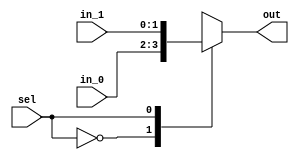
/*
 * Generated by Digital. Don't modify this file!
 * Any changes will be lost if this file is regenerated.
 */

module Mux_2x1_NBits #(
    parameter Bits = 2
)
(
    input [0:0] sel,
    input [(Bits - 1):0] in_0,
    input [(Bits - 1):0] in_1,
    output reg [(Bits - 1):0] out
);
    always @ (*) begin
        case (sel)
            1'h0: out = in_0;
            1'h1: out = in_1;
            default:
                out = 'h0;
        endcase
    end
endmodule


module DIG_Register_BUS #(
    parameter Bits = 1
)
(
    input C,
    input en,
    input [(Bits - 1):0]D,
    output [(Bits - 1):0]Q
);

    reg [(Bits - 1):0] state = 'h0;

    assign Q = state;

    always @ (posedge C) begin
        if (en)
            state <= D;
   end
endmodule
module DIG_Add
#(
    parameter Bits = 1
)
(
    input [(Bits-1):0] a,
    input [(Bits-1):0] b,
    input c_i,
    output [(Bits - 1):0] s,
    output c_o
);
   wire [Bits:0] temp;

   assign temp = a + b + c_i;
   assign s = temp [(Bits-1):0];
   assign c_o = temp[Bits];
endmodule


module pcdecoder(
    input [31:0] vpc,
    output reg[9:0] ppc,
    output reg invpc
);

parameter [31:0] startp=32'h400000 ;
parameter [31:0] endp=32'h401000 ;

always @(*)
begin
    if(vpc>=startp 
    & vpc<endp)begin
            ppc = vpc - startp;
	    invpc = 1'b0;
    end else begin
        invpc = 1'b1;
        ppc = 7'dx;
    end
end
endmodule
module shift(
	input [9:0] in,
	output [9:0] out
);

assign out = in >> 2;

endmodule
module DIG_ROM_1024X32 (
    input [9:0] A,
    input sel,
    output reg [31:0] D
);
    reg [31:0] my_rom [0:6];

    always @ (*) begin
        if (~sel)
            D = 32'hz;
        else if (A > 10'h6)
            D = 32'h0;
        else
            D = my_rom[A];
    end

    initial begin
        my_rom[0] = 32'h3c101001;
        my_rom[1] = 32'h26100000;
        my_rom[2] = 32'h86080000;
        my_rom[3] = 32'h86090002;
        my_rom[4] = 32'h96080000;
        my_rom[5] = 32'h96090002;
        my_rom[6] = 32'h8100006;
    end
endmodule

module JumpTarget(
	input [25:0] in,
	input [31:0] pc4,
	output [31:0] out 
);

assign out = {pc4[31:28], in, 2'b0};

endmodule
module BranchTarget(
	input [15:0] imm,
	input [31:0] pc4,
	output [31:0] out
);

wire [31:0] signExt;

assign signExt = {{16{imm[15]}}, imm};

assign out = {signExt[29:0], 2'b0} + pc4;

endmodule
module DIG_BitExtender #(
    parameter inputBits = 2,
    parameter outputBits = 4
)
(
    input [(inputBits-1):0] in,
    output [(outputBits - 1):0] out
);
    assign out = {{(outputBits - inputBits){in[inputBits - 1]}}, in};
endmodule



module controlunit(
    input [5:0] opcode,
    output reg RegDst,
    output reg branch,
    output reg memread,
    output reg memwrite,
    output reg [1:0]memtoReg,
    output reg [2:0]ALUop,
    output reg Alusrc,
    output reg regwrite,
    output reg jump,
    output reg bne,
    output reg immS,
    output reg [1:0]dS,
    output reg btX,
    output reg iOp
);

always @(*)
begin
    case (opcode)
      6'd0://R-Format((add,sub,and,or,slt)
      begin
            {RegDst,Alusrc,memtoReg,regwrite,memread,memwrite,branch,ALUop,jump,bne,immS} = {1'b1,1'b0,2'b00,1'b1,1'b0,1'b0,1'b0,3'b010,1'b0,1'b0,1'b0};
            dS=2'b00;
            btX=1'b0;
            iOp = 1'b0;
      end
      6'd2://Jump
      begin
            {RegDst,Alusrc,memtoReg,regwrite,memread,memwrite,branch,ALUop,jump,bne,immS} = {1'b0,1'b0,2'b00,1'b0,1'b0,1'b0,1'b0,3'b000,1'b1,1'b0,1'b0};
            dS=2'b00;
            btX=1'b0;
            iOp = 1'b0;
      end
      6'd4://beq
      begin
            {RegDst,Alusrc,memtoReg,regwrite,memread,memwrite,branch,ALUop,jump,bne,immS} = {1'b0,1'b0,2'b00,1'b0,1'b0,1'b0,1'b1,3'b001,1'b0,1'b0,1'b0};
            dS=2'b00;
            btX=1'b0;
            iOp = 1'b0;
      end
      6'd5://bne
      begin
            {RegDst,Alusrc,memtoReg,regwrite,memread,memwrite,branch,ALUop,jump,bne,immS} = {1'b0,1'b0,2'b00,1'b0,1'b0,1'b0,1'b0,3'b001,1'b0,1'b1,1'b0};
            dS=2'b00;
            btX=1'b0;
            iOp = 1'b0;
      end
      6'd8://addi
      begin
            {RegDst,Alusrc,memtoReg,regwrite,memread,memwrite,branch,ALUop,jump,bne,immS} = {1'b0,1'b1,2'b00,1'b1,1'b0,1'b0,1'b0,3'b000,1'b0,1'b0,1'b0};
            dS=2'b00;
            btX=1'b0;
            iOp = 1'b0;
      end
      6'd9://addiu
      begin
            {RegDst,Alusrc,memtoReg,regwrite,memread,memwrite,branch,ALUop,jump,bne,immS} = {1'b0,1'b1,2'b00,1'b1,1'b0,1'b0,1'b0,3'b000,1'b0,1'b0,1'b0};
            dS=2'b00;
            btX=1'b0;
            iOp = 1'b0;
      end
      6'd12://andi
      begin
            {RegDst,Alusrc,memtoReg,regwrite,memread,memwrite,branch,ALUop,jump,bne,immS} = {1'b0,1'b1,2'b00,1'b1,1'b0,1'b0,1'b0,3'b011,1'b0,1'b0,1'b1};
            dS=2'b00;
            btX=1'b0;
            iOp = 1'b0;
      end
      6'd13://ori
      begin
            {RegDst,Alusrc,memtoReg,regwrite,memread,memwrite,branch,ALUop,jump,bne,immS} = {1'b0,1'b1,2'b00,1'b1,1'b0,1'b0,1'b0,3'b100,1'b0,1'b0,1'b1};
            dS=2'b00;dS=2'b00;
            btX=1'b0;
            iOp = 1'b0;
            btX=1'b0;
            iOp = 1'b0;
      end
      6'd15://lui
      begin
            {RegDst,Alusrc,memtoReg,regwrite,memread,memwrite,branch,ALUop,jump,bne,immS} = {1'b0,1'b0,2'b10,1'b1,1'b0,1'b0,1'b0,3'b000,1'b0,1'b0,1'b0};
            dS=2'b00;
            btX=1'b0;
            iOp = 1'b0;
      end
      6'd32://lb
      begin
            {RegDst,Alusrc,memtoReg,regwrite,memread,memwrite,branch,ALUop,jump,bne,immS} 
          = {1'b0,   1'b1,  2'b01,   1'b1,    1'b1,   1'b0,    1'b0,3'b000, 1'b0,1'b0,1'b0};
            dS=2'b10;//0-Word,1-HWord,2-byte
            btX=1'b1;//1-SignEx,2-ZeroEx
            iOp = 1'b0;
      end
      6'd33://lh
      begin
            {RegDst,Alusrc,memtoReg,regwrite,memread,memwrite,branch,ALUop,jump,bne,immS} 
          = {1'b0,   1'b1,  2'b01,   1'b1,    1'b1,   1'b0,    1'b0,3'b000, 1'b0,1'b0,1'b0};
            dS=2'b01;//0-Word,1-HWord,2-byte
            btX=1'b1;//1-SignEx,2-ZeroEx
            iOp = 1'b0;
      end
      6'd35://loadword
      begin
            {RegDst,Alusrc,memtoReg,regwrite,memread,memwrite,branch,ALUop,jump,bne,immS} 
          = {1'b0,  1'b1,  2'b01,   1'b1,    1'b1,   1'b0,    1'b0,  3'b000,1'b0,1'b0,1'b0};
            dS=2'b00;//0-Word,1-HWord,2-byte
            btX=1'b1;//1-SignEx,2-ZeroEx
            iOp = 1'b0;
      end

      6'd36://lbu
      begin
            {RegDst,Alusrc,memtoReg,regwrite,memread,memwrite,branch,ALUop,jump,bne,immS} 
          = {1'b0,   1'b1,  2'b01,   1'b1,    1'b1,   1'b0,    1'b0,3'b000, 1'b0,1'b0,1'b0};
            dS=2'b10;//0-Word,1-HWord,2-byte
            btX=1'b0;//1-SignEx,2-ZeroEx
            iOp = 1'b0;
      end
      6'd37://lhu
      begin
            {RegDst,Alusrc,memtoReg,regwrite,memread,memwrite,branch,ALUop,jump,bne,immS} 
          = {1'b0,   1'b1,  2'b01,   1'b1,    1'b1,   1'b0,    1'b0,3'b000, 1'b0,1'b0,1'b0};
            dS=2'b01;//0-Word,1-HWord,2-byte
            btX=1'b0;//1-SignEx,2-ZeroEx
            iOp = 1'b0;
      end
      6'd40://sb
      begin
            {RegDst,Alusrc,memtoReg,regwrite,memread,memwrite,branch,ALUop,jump,bne,immS} 
          = {1'b0,   1'b1,  2'b00,   1'b0,    1'b0,   1'b1,    1'b0,3'b000, 1'b0,1'b0,1'b0};
            dS=2'b10;//0-Word,1-HWord,2-byte
            btX=1'b0;//1-SignEx,2-ZeroEx
            iOp = 1'b0;
      end
      6'd41://sh
      begin
            {RegDst,Alusrc,memtoReg,regwrite,memread,memwrite,branch,ALUop,jump,bne,immS} 
          = {1'b0,   1'b1,  2'b00,   1'b0,    1'b0,   1'b1,    1'b0,3'b000, 1'b0,1'b0,1'b0};
            dS=2'b01;//0-Word,1-HWord,2-byte
            btX=1'b0;//1-SignEx,2-ZeroEx
            iOp = 1'b0;
      end
      6'd43://storeword
      begin
            {RegDst,Alusrc,memtoReg,regwrite,memread,memwrite,branch,ALUop,jump,bne,immS}
          = {1'b0,  1'b1,  2'b00,   1'b0,    1'b0,   1'b1,    1'b0,  3'b000,1'b0,1'b0,1'b0};
            dS=2'b00;//0-Word,1-HWord,2-byte
            btX=1'b0;//1-SignEx,2-ZeroEx
            iOp = 1'b0;
      end
      default: 
      begin
        {RegDst,Alusrc,memtoReg,regwrite,memread,memwrite,branch,ALUop,jump,bne} = {1'bx,1'bx,2'bxx,1'bx,1'bx,1'bx,1'bx,3'bxxx,1'bx,1'bx,1'bx};
        dS=2'b00;
        btX=1'b0;
        iOp = 1'b1;
      end
            
    endcase
end

endmodule
module zeroExtension(
    input [15:0] n,
    output [31:0] res
);

assign res = {16'b0,n};

endmodule
module lui(
    input [15:0] n,
    output [31:0] res
);


assign res = {n,16'b0};

endmodule
module alucontrol(
    input [2:0] aluop,
    input [5:0] func,
    output reg[2:0] op
);


always @(*)
begin
    case (aluop)
      3'b000:
            op = 3'd0;//suma para lw y sw
      3'b001:
            op = 3'd1;//resta para el beq

      3'b010://R-Format
            case (func)
                6'b100000:
                        op = 3'd0;//suma 
                6'b100001:
                        op = 3'd0;//addu
                6'b100010:
                        op = 3'd1;//resta
                6'b100011:
                        op= 3'd1;//subu
                6'b100100:
                        op = 3'd2;//AND
                6'b100101:
                        op = 3'd3;//OR
                6'b101010:
                        op = 3'd4;//set less than
            default: 
                        op = 3'dx;
            endcase
        
        3'b011://and
                op = 3'd2;

        3'b100://or
                op = 3'd3;
      default:
            op = 3'dx; 
    endcase
end

endmodule
module alu(
	input[31:0] a,
	input[31:0] b,
	input[2:0] op,
	output reg[31:0] r,
	output isZ
);

assign isZ = r == 32'd0;

always@(*)
begin
	case(op)
		3'd0: r = a + b;
		3'd1: r = a - b;
		3'd2: r = a & b;
		3'd3: r = a | b;
		3'd4: r = {31'd0, $signed(a) < $signed(b)};
		default: r = 32'dX;
	endcase
end

endmodule
module regfile(
input clk,
input [4:0]Ra,
input [4:0]Rb,
input [4:0]Rw,
input we,
input [31:0]din,
output reg [31:0]Da,
output reg [31:0]Db,
output [31:0] t_0,
output [31:0] t_1,
output [31:0] t_2,
output [31:0] t_3

);

reg [31:0] memory[31:0];
assign t_0 = memory[8];
assign t_1 = memory[9];
assign t_2 = memory[10];
assign t_3 = memory[11];

//seteando registros
//initial $readmemh("/home/alexander/Documents/MIPS32SOC-Part2/tests/hex/RegFile.mif", memory);

always @(posedge clk)
begin
    if(we)
        memory[Rw]<=din;
    

end

always @(*)
begin
  
    
    Da<=memory[Ra];
    Db<=memory[Rb];
end
endmodule
module memoryDecoder(
    input [31:0] vAddr,
    input mW,
    input mR,
    output reg [12:0] pAd,
    output reg[2:0] mE,
    output reg[1:0] mB,
    output reg iAd
);

parameter [31:0] startg=32'h10010000;
parameter [31:0] endg=32'h10011000;
parameter [31:0] starts=32'h7FFFEFFC;
parameter [31:0] ends=32'h7FFFFFFC;
parameter [31:0] startvga=32'hb800;
parameter [31:0] endvga = 32'hcabf;
parameter [31:0] startio = 32'hffff0000;
parameter [31:0] endio = 32'hffff000f;
reg [31:0] temp;

always @(*)

if(mW | mR) 
begin
    if(vAddr>= startg & vAddr<endg)begin
        temp = vAddr - 32'h10010000;
	    pAd = temp;
        iAd = 1'b0;
        mE = 3'b001; //enable datamemory
        mB = 2'b00; //accediendo datamemory
    end else if(vAddr >= starts & vAddr<ends)begin
	temp= vAddr - 32'h7fffdffc;
     	pAd = temp;
        iAd = 1'b0;
        mE = 3'b001;//enable data memory
        mB = 2'b00;//accediendo datamemory
    end else if(vAddr>=startvga & vAddr<=endvga)begin
        temp = vAddr - 32'hb800;
        pAd = temp;
        iAd = 1'b0;
        mE = 3'b010;//enable vga
        mB = 2'b01;//accediendo vga
    end else if(vAddr>=startio & vAddr<=endio)begin
        temp = vAddr - 32'hFFFF0000;
        pAd = temp;
        iAd = 1'b0;
        mE = 3'b100;//enable I/O
        mB = 2'b10;//accediendio I/O
    end else begin
        pAd = 13'd0;
        iAd = 1'b1;
        mE = 3'b000;
        mB = 2'b00;
    end
end

endmodule

module Mux_4x1_NBits #(
    parameter Bits = 2
)
(
    input [1:0] sel,
    input [(Bits - 1):0] in_0,
    input [(Bits - 1):0] in_1,
    input [(Bits - 1):0] in_2,
    input [(Bits - 1):0] in_3,
    output reg [(Bits - 1):0] out
);
    always @ (*) begin
        case (sel)
            2'h0: out = in_0;
            2'h1: out = in_1;
            2'h2: out = in_2;
            2'h3: out = in_3;
            default:
                out = 'h0;
        endcase
    end
endmodule

module MemoryRDataDecoder(
    input [31:0] inD,
    input [1:0] ofs,
    input bitX,
    input [1:0] ds,
    output reg[31:0] oD
);

always @(*)
    case (ds)
      2'b00://Word
      begin
        oD=inD;
      end
      2'b01://Half-Word
      begin
        case (ofs)
          2'b00:
              begin
                if(bitX) begin//do signExtend
                  oD={ {16{inD[31]}},inD[31:16]};
                end else begin
                  oD={16'b0,inD[31:16]};
                end
              end
              2'b01:
              begin
                if(bitX) begin//do signExtend
                  oD={ {16{inD[31]}},inD[31:16]};
                end else begin
                  oD={16'b0,inD[31:16]};
                end
              end
              2'b10:
              begin
                if(bitX) begin
                oD={ {16{inD[15]}},inD[15:0]};
                end else begin
                oD={16'b0,inD[15:0]};
                end
              end
              2'b11:
              begin
                if(bitX) begin
                oD={ {16{inD[15]}},inD[15:0]};
                end else begin
                oD={16'b0,inD[15:0]};
                end
              end
        endcase
      end 
      2'b10://Byte
      begin
        case (ofs)
          2'b00:
              begin
                if(bitX) begin//do signExtend
                  oD={ {24{inD[31]}} ,inD[31:24]};
                end else begin
                  oD={24'b0,inD[31:24]};
                end
              end
              2'b01:
              begin
                if(bitX) begin//do signExtend
                  oD={ {24{inD[23]}},inD[23:16]};
                end else begin
                  oD={24'b0,inD[23:16]};
                end
              end
              2'b10:
              begin
                if(bitX) begin//do signExtend
                  oD={ {24{inD[15]}},inD[15:8]};
                end else begin
                  oD={24'b0,inD[15:8]};
                end
              end
              2'b11:
              begin
                if(bitX) begin//do signExtend
                  oD={ {24{inD[7]}},inD[7:0]};
                end else begin
                  oD={24'b0,inD[7:0]};
                end
              end
        endcase
      end
      default: 
        oD=31'b0;
    endcase
endmodule
module MemoryWDataEncoder(
    input [31:0] inD,
    input [1:0]ofs,
    input iwe,
    input [1:0] ds,
    output reg[31:0] oD,
    output reg[3:0] owe
);

always @(*)
if(iwe)
begin
  case (ds)
        2'b00: //Word
        begin
            owe=4'b1111;
            oD = inD;
        end
        2'b01: //Half-Word
        begin
            case (ofs)
              2'b00:
              begin
                owe=4'b0011;
                oD=inD<<16;
              end
              2'b01:
              begin
                owe=4'b0011;
                oD=inD<<16;
              end
              2'b10:
              begin
                owe=4'b1100;
                oD={16'b0,inD[15:0]};
              end
              2'b11:
              begin
                owe=4'b1100;
                oD={16'b0,inD[15:0]};
              end
            endcase
        end
        2'b10: //Byte
        begin
            case(ofs)
              2'b00:
              begin
                owe=4'b0001;
                oD=inD<<24;
              end
              2'b01:
              begin
                owe=4'b0010;
                oD={8'b0,inD[7:0],16'b0};
              end
              2'b10:
              begin
                owe=4'b0100;
                oD={16'b0,inD[7:0],8'b0};
              end
              2'b11:
              begin
                owe=4'b1000;
                oD={24'b0,inD[7:0]};
              end
            endcase
        end
    default: 
        begin
        owe=4'bx;
        oD=31'bx;
        end
  endcase
end else begin
    owe=4'b0000;
    oD=31'b0;
end

endmodule
module cpustop(
    input ipc,
    input iAd,
    input iOp,
    output reg stop
);

always @(*)
if(ipc | iAd | iOp) begin
  stop = 1'b1;
end else begin
  stop = 1'b0;
end

endmodule

module DemuxBus2 #(
    parameter Bits = 2
)
(
    output [10:0] out_0,
    output [10:0] out_1,
    output [10:0] out_2,
    output [10:0] out_3,
    input [1:0] sel,
    input [10:0] in
);
    assign out_0 = (sel == 2'h0)? in : 11'h0;
    assign out_1 = (sel == 2'h1)? in : 11'h0;
    assign out_2 = (sel == 2'h2)? in : 11'h0;
    assign out_3 = (sel == 2'h3)? in : 11'h0;
endmodule

module DataMem(
    input clk, //! Clock input
    input en, //! Enable
    input [3:0] we, //! Per byte write enable
    input [10:0] addr, //! Address
    input [31:0] wd, //! Write data
    output [31:0] rd, //! Read data
    output [31:0] w
);
 
    reg [31:0] memory[0:2047];
    assign w = memory[0];
    assign rd = en? memory[addr] : 32'hz;


    always @(posedge clk)
    begin
        if (en) begin
            if (we[3]) memory[addr][7:0] <= wd[7:0];
            if (we[2]) memory[addr][15:8] <= wd[15:8];
            if (we[1]) memory[addr][23:16] <= wd[23:16];
            if (we[0]) memory[addr][31:24] <= wd[31:24];
        end
    end
 
`ifndef DIGITAL
    initial begin
        //$readmemh("/home/alexander/Documents/Organizacion de Computadoras/MIPS32SOC_Part1_Template/test_lb_data.mif", memory, 0, 1023);
	memory[0]=32'h1ABBCCDD;
    end
`endif 
endmodule
module DataMemVGA(
    input clk, //! Clock input
    input en, //! Enable
    input [3:0] we, //! Per byte write enable
    input [10:0] addr, //! Address
    input [31:0] wd, //! Write data
    output [31:0] rd //! Read data
);
 
    reg [31:0] memory[0:2047];
 
    assign rd = en? memory[addr] : 32'hz;
 
    always @(posedge clk)
    begin
        if (en) begin
            if (we[3]) memory[addr][7:0] <= wd[7:0];
            if (we[2]) memory[addr][15:8] <= wd[15:8];
            if (we[1]) memory[addr][23:16] <= wd[23:16];
            if (we[0]) memory[addr][31:24] <= wd[31:24];
        end
    end
 
`ifndef DIGITAL
    initial begin
        //$readmemh("data.mif", memory, 0, 1023);
    end
`endif 
endmodule

module testlh (
  input CLK,
  input reset,
  output invpc,
  output iAddr,
  output [31:0] t_0,
  output [31:0] t_1,
  output [31:0] t_2,
  output [10:0] error,
  output iOp,
  output [31:0] w_0,
  output [31:0] t_3
);
  wire [9:0] s0;
  wire [31:0] Ins;
  wire [31:0] s1;
  wire [31:0] s2;
  wire [31:0] s3;
  wire jump;
  wire [31:0] s4;
  wire [31:0] s5;
  wire [31:0] next_pc;
  wire s6;
  wire [31:0] s7;
  wire [25:0] s8;
  wire [15:0] i_15_0;
  wire [31:0] s9;
  wire [31:0] s10;
  wire [2:0] opcontrol;
  wire [31:0] s11;
  wire isZ;
  wire ALUsrc;
  wire [31:0] s12;
  wire [31:0] s13;
  wire [31:0] s14;
  wire [5:0] func;
  wire [4:0] sa;
  wire [4:0] rd;
  wire [4:0] rt;
  wire [4:0] rs;
  wire [5:0] op;
  wire RegDst;
  wire [4:0] s15;
  wire datamEn;
  wire [3:0] s16;
  wire [10:0] dmAddr;
  wire [31:0] s17;
  wire [31:0] DMrd;
  wire regwrite;
  wire [31:0] rwd;
  wire branch;
  wire memread;
  wire memwrite;
  wire [1:0] memtoReg;
  wire [2:0] ALUop;
  wire branche;
  wire immS;
  wire [1:0] dS;
  wire btX;
  wire iOp_temp;
  wire [9:0] s18;
  wire invpc_temp;
  wire [12:0] phyAddr;
  wire [2:0] s19;
  wire [1:0] mB;
  wire iAddr_temp;
  wire [31:0] s20;
  wire [31:0] s21;
  wire [31:0] s22;
  wire s23;
  wire [31:0] s24;
  wire [31:0] s25;
  wire [1:0] offs;
  wire VGAEn;
  wire [10:0] VGAAddr;
  wire [31:0] VGArd;
  wire IOEn;
  wire [10:0] s26;
  wire [10:0] IOAddr;
  Mux_2x1_NBits #(
    .Bits(32)
  )
  Mux_2x1_NBits_i0 (
    .sel( reset ),
    .in_0( s24 ),
    .in_1( 32'b10000000000000000000000 ),
    .out( s1 )
  );
  // PC
  DIG_Register_BUS #(
    .Bits(32)
  )
  DIG_Register_BUS_i1 (
    .D( s1 ),
    .C( CLK ),
    .en( 1'b1 ),
    .Q( s2 )
  );
  // pc+4
  DIG_Add #(
    .Bits(32)
  )
  DIG_Add_i2 (
    .a( s2 ),
    .b( 32'b100 ),
    .c_i( 1'b0 ),
    .s( s3 )
  );
  // pcdecoder
  pcdecoder pcdecoder_i3 (
    .vpc( s2 ),
    .ppc( s18 ),
    .invpc( invpc_temp )
  );
  // shift
  shift shift_i4 (
    .in( s18 ),
    .out( s0 )
  );
  // Ins_mem
  DIG_ROM_1024X32 DIG_ROM_1024X32_i5 (
    .A( s0 ),
    .sel( 1'b1 ),
    .D( Ins )
  );
  assign s8 = Ins[25:0];
  assign i_15_0 = Ins[15:0];
  assign func = Ins[5:0];
  assign sa = Ins[10:6];
  assign rd = Ins[15:11];
  assign rt = Ins[20:16];
  assign rs = Ins[25:21];
  assign op = Ins[31:26];
  // JumpTarget
  JumpTarget JumpTarget_i6 (
    .in( s8 ),
    .pc4( s3 ),
    .out( s5 )
  );
  // BranchTarget
  BranchTarget BranchTarget_i7 (
    .imm( i_15_0 ),
    .pc4( s3 ),
    .out( s7 )
  );
  // SignEx
  DIG_BitExtender #(
    .inputBits(16),
    .outputBits(32)
  )
  DIG_BitExtender_i8 (
    .in( i_15_0 ),
    .out( s14 )
  );
  // controlunit
  controlunit controlunit_i9 (
    .opcode( op ),
    .RegDst( RegDst ),
    .branch( branch ),
    .memread( memread ),
    .memwrite( memwrite ),
    .memtoReg( memtoReg ),
    .ALUop( ALUop ),
    .Alusrc( ALUsrc ),
    .regwrite( regwrite ),
    .jump( jump ),
    .bne( branche ),
    .immS( immS ),
    .dS( dS ),
    .btX( btX ),
    .iOp( iOp_temp )
  );
  // zeroExtension
  zeroExtension zeroExtension_i10 (
    .n( i_15_0 ),
    .res( s20 )
  );
  // lui
  lui lui_i11 (
    .n( i_15_0 ),
    .res( s21 )
  );
  Mux_2x1_NBits #(
    .Bits(5)
  )
  Mux_2x1_NBits_i12 (
    .sel( RegDst ),
    .in_0( rt ),
    .in_1( rd ),
    .out( s15 )
  );
  // alucontrol
  alucontrol alucontrol_i13 (
    .aluop( ALUop ),
    .func( func ),
    .op( opcontrol )
  );
  Mux_2x1_NBits #(
    .Bits(32)
  )
  Mux_2x1_NBits_i14 (
    .sel( immS ),
    .in_0( s14 ),
    .in_1( s20 ),
    .out( s13 )
  );
  Mux_2x1_NBits #(
    .Bits(32)
  )
  Mux_2x1_NBits_i15 (
    .sel( jump ),
    .in_0( s4 ),
    .in_1( s5 ),
    .out( next_pc )
  );
  Mux_2x1_NBits #(
    .Bits(32)
  )
  Mux_2x1_NBits_i16 (
    .sel( s6 ),
    .in_0( s3 ),
    .in_1( s7 ),
    .out( s4 )
  );
  // alu
  alu alu_i17 (
    .a( s9 ),
    .b( s10 ),
    .op( opcontrol ),
    .r( s11 ),
    .isZ( isZ )
  );
  Mux_2x1_NBits #(
    .Bits(32)
  )
  Mux_2x1_NBits_i18 (
    .sel( ALUsrc ),
    .in_0( s12 ),
    .in_1( s13 ),
    .out( s10 )
  );
  // regfile
  regfile regfile_i19 (
    .clk( CLK ),
    .Ra( rs ),
    .Rb( rt ),
    .Rw( s15 ),
    .we( regwrite ),
    .din( rwd ),
    .Da( s9 ),
    .Db( s12 ),
    .t_0( t_0 ),
    .t_1( t_1 ),
    .t_2( t_2 ),
    .t_3( t_3 )
  );
  assign s6 = ((isZ & branch) | (branche & ~ isZ));
  // memoryDecoder
  memoryDecoder memoryDecoder_i20 (
    .vAddr( s11 ),
    .mW( memwrite ),
    .mR( memread ),
    .pAd( phyAddr ),
    .mE( s19 ),
    .mB( mB ),
    .iAd( iAddr_temp )
  );
  Mux_4x1_NBits #(
    .Bits(32)
  )
  Mux_4x1_NBits_i21 (
    .sel( memtoReg ),
    .in_0( s11 ),
    .in_1( s22 ),
    .in_2( s21 ),
    .in_3( 32'b0 ),
    .out( rwd )
  );
  // MemoryRDataDecoder
  MemoryRDataDecoder MemoryRDataDecoder_i22 (
    .inD( s25 ),
    .ofs( offs ),
    .bitX( btX ),
    .ds( dS ),
    .oD( s22 )
  );
  // MemoryWDataEncoder
  MemoryWDataEncoder MemoryWDataEncoder_i23 (
    .inD( s12 ),
    .ofs( offs ),
    .iwe( memwrite ),
    .ds( dS ),
    .oD( s17 ),
    .owe( s16 )
  );
  // cpustop
  cpustop cpustop_i24 (
    .ipc( invpc_temp ),
    .iAd( iAddr_temp ),
    .iOp( iOp_temp ),
    .stop( s23 )
  );
  Mux_2x1_NBits #(
    .Bits(32)
  )
  Mux_2x1_NBits_i25 (
    .sel( s23 ),
    .in_0( next_pc ),
    .in_1( 32'b0 ),
    .out( s24 )
  );
  assign datamEn = s19[0];
  assign VGAEn = s19[1];
  assign IOEn = s19[2];
  assign offs = phyAddr[1:0];
  assign s26 = phyAddr[12:2];
  DemuxBus2 #(
    .Bits(11)
  )
  DemuxBus2_i26 (
    .sel( mB ),
    .in( s26 ),
    .out_0( dmAddr ),
    .out_1( VGAAddr ),
    .out_2( IOAddr ),
    .out_3( error )
  );
  // DataMem
  DataMem DataMem_i27 (
    .clk( CLK ),
    .en( datamEn ),
    .we( s16 ),
    .addr( dmAddr ),
    .wd( s17 ),
    .rd( DMrd ),
    .w( w_0 )
  );
  // DataMemVGA
  DataMemVGA DataMemVGA_i28 (
    .clk( CLK ),
    .en( VGAEn ),
    .we( s16 ),
    .addr( VGAAddr ),
    .wd( s17 ),
    .rd( VGArd )
  );
  Mux_4x1_NBits #(
    .Bits(32)
  )
  Mux_4x1_NBits_i29 (
    .sel( mB ),
    .in_0( DMrd ),
    .in_1( VGArd ),
    .in_2( 32'b0 ),
    .in_3( 32'b0 ),
    .out( s25 )
  );
  assign invpc = invpc_temp;
  assign iAddr = iAddr_temp;
  assign iOp = iOp_temp;
endmodule